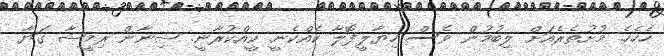
ހެހެހެ. މުށުތެރެއަށް ލިބުމުން ވެސް ހިޔާލީފޮލާ ކެއްކެނީ. ކީއްކުރާނީ. ޝިނާން ރިމީޝާ ގަޔާ